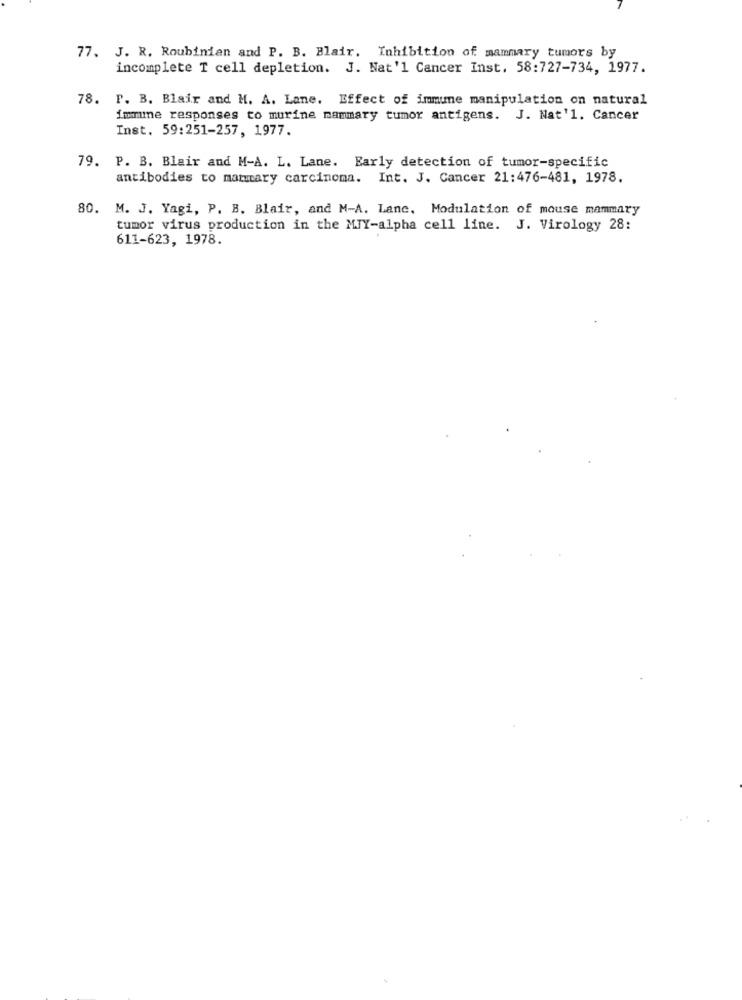
77. J. R. Roubinian and P. B. Blair. Inhibition of mammary tumors by
incomplete T cell depletion. J. Nat'l Cancer Inst. 58:727-734, 1977.
78. P. B. Blair and M. A. Lane. Effect of immune manipulation on natural
immme responses to murine mammary tumor antigens. J. Nat'l. Cancer
Inst. 59:251-257, 1977.
79. P. B. Blair and M-A. L. Lane. Early detection of tumor-specific
antibodies to mammary carcinoma. Int. J. Cancer 21:476-481, 1978.
80. M. J. Yagi, P. B. Blair, and M-A. Lane, Modulation of mouse mammary
tumor virus production in the MJY-alpha cell line. J. Virology 28:
611-623, 1978.